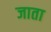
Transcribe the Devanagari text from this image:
जाता